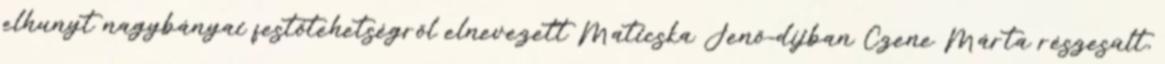
elhunyt nagybányai festőtehetségről elnevezett Maticska Jenő-díjban Czene Márta részesült,